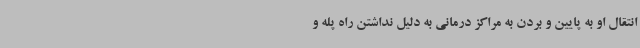
انتقال او به پایین و بردن به مراکز درمانی به دلیل نداشتن راه پله و